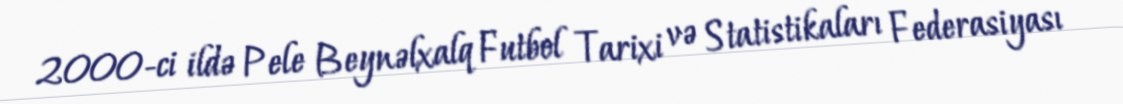
2000-ci ildə Pele Beynəlxalq Futbol Tarixi və Statistikaları Federasiyası